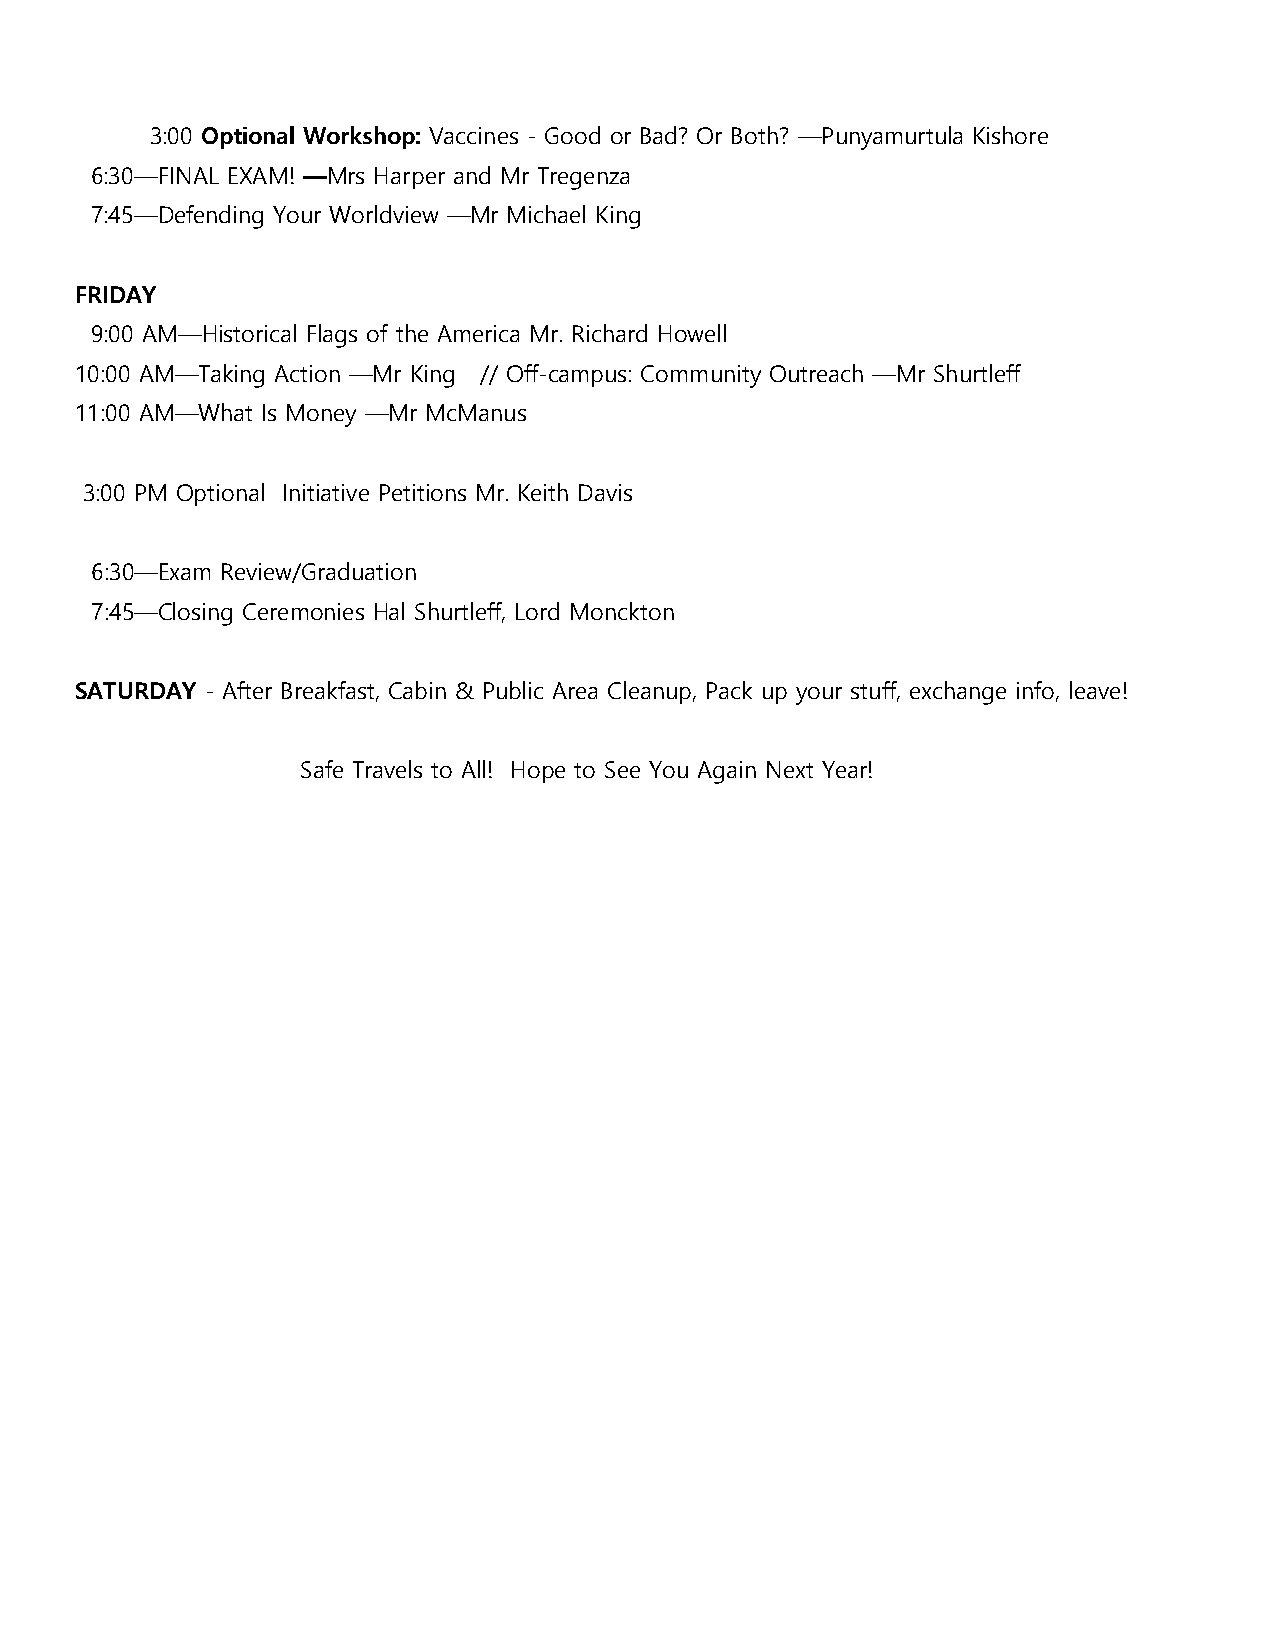
3:00 Optional Workshop: Vaccines - Good or Bad? Or Both? —Punyamurtula Kishore
 6:30—FINAL EXAM! —Mrs Harper and Mr Tregenza
 7:45—Defending Your Worldview —Mr Michael King
 FRIDAY
 9:00 AM—Historical Flags of the America Mr. Richard Howell
 10:00 AM—Taking Action —Mr King // Off-campus: Community Outreach —Mr Shurtleff
 11:00 AM—What Is Money —Mr McManus
 3:00 PM Optional Initiative Petitions Mr. Keith Davis
 6:30—Exam Review/Graduation
 7:45—Closing Ceremonies Hal Shurtleff, Lord Monckton
 SATURDAY - After Breakfast, Cabin & Public Area Cleanup, Pack up your stuff, exchange info, leave!
 Safe Travels to All! Hope to See You Again Next Year!